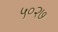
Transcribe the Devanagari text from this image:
५०२७